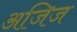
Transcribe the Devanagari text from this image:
अजिज